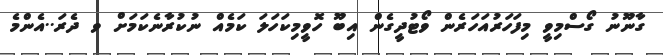
ގާނޫނު ގޯސްމިވީ މިފަހަރުއަހަރެން ވޯޓުދީގެން އިބޫ ހޮވީމިކަހަލަ ކަމެއް ނުކުރާނެކަމަށް ވ ދެރަ..އެންމެ